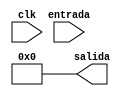
module PC (
	input clk,
	input [31:0] entrada, 
	output reg [31:0] salida
);

assign salida = 32'd0;

always @(posedge clk)
begin
	if (entrada >= 32'd0) 
    begin
		salida = entrada;
	end
	else 
    begin
		salida = 32'd0;
	end
end

endmodule